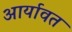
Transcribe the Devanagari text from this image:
आर्यावत